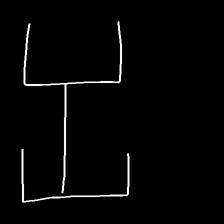
Glyph: entwine